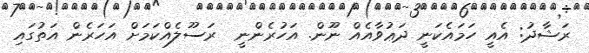
ރަޝާދު: އެއީ ހަމައެކަނީ ދަޢުވާއެއް ނޫން. އަހުރެންނީ  ރަސޫލެއްކަމަށް އަހަރެން އަތުގައި